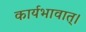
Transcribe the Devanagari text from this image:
कार्यभावात्।